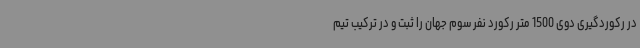
در رکوردگیری دوی 1500 متر رکورد نفر سوم جهان را ثبت و در ترکیب تیم